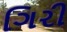
ગિરી